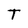
Character: T